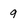
Character: 9